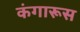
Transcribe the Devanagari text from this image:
कंगारूस